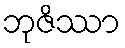
ဘုဇိဿာ